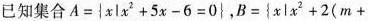
已知集合$$A=\left\{x \mid x^{2}+5 x-6=0\right\}$$，$$B=\left\{x \mid x^{2}+2(m+$$